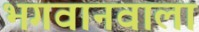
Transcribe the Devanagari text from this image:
भगवानवाला